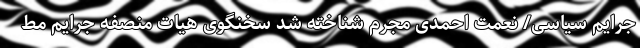
جرایم سیاسی/ نعمت احمدی مجرم شناخته شد سخنگوی هیات منصفه جرایم مط